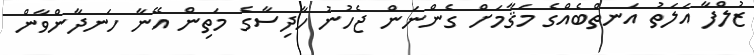
ޒުލްފާ އަލަތު އަނތްބެއްގެ މަޤާމަށް ގެންނަން ޖެހުނު ހާދިސާގެ މަތިން އޭނާ ހަނދާންވާން